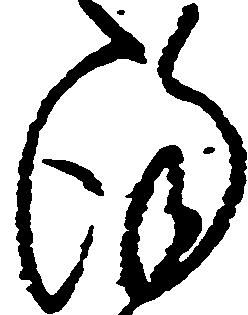
謹